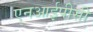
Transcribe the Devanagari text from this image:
एनआईपीसी